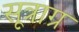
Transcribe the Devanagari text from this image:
सूत्राग्र